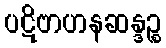
ပဋိဗာဟနဆန္ဒဉ္စ